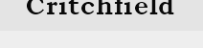
Critchfield